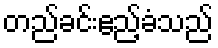
တည်ခင်းဧည့်ခံသည်